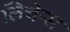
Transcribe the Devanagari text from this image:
लिचेन्स